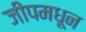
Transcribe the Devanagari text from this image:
जीपमधून